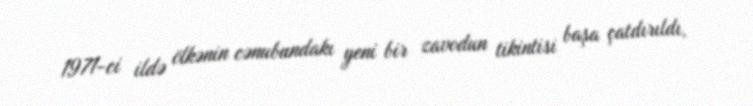
1971-ci ildə ölkənin cənubundakı yeni bir zavodun tikintisi başa çatdırıldı,